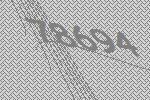
78694